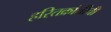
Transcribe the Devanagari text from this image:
हरितक्रांतीची